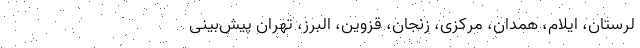
لرستان، ایلام، همدان، مرکزی، زنجان، قزوین، البرز، تهران پیش‌بینی